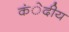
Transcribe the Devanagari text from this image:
कंेदीय